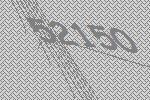
52150